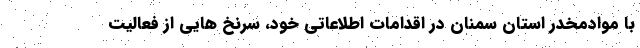
با موادمخدر استان سمنان در اقدامات اطلاعاتی خود، سرنخ هایی از فعالیت